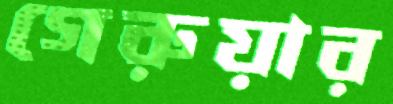
গেরুয়ার